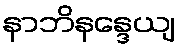
နာဘိနန္ဒေယျ